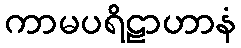
ကာမပရိဠာဟာနံ